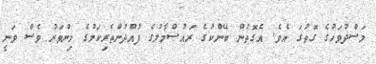
މަސްދުވަހުގެ ގޮތުގަ އެވެ. އެގޮތުން ބޭންކުގެ ރައުސްމާލުގެ ފުއްދުންތެރިކަމުގެ މިންވަރު ވެސް ވަނީ